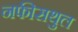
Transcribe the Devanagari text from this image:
नफीसथुल